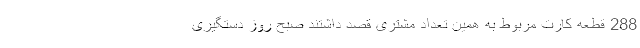
288 قطعه کارت مربوط به همین تعداد مشتری قصد داشتند صبح روز دستگیری